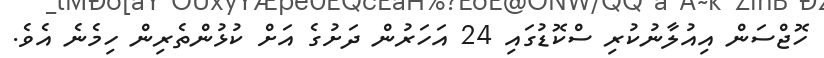
ހޮޖްސަން އިއުލާނުކުރި ސްކޮޑުގައި 24 އަހަރުން ދަށުގެ އަށް ކުޅުންތެރިން ހިމެނެ އެވެ.